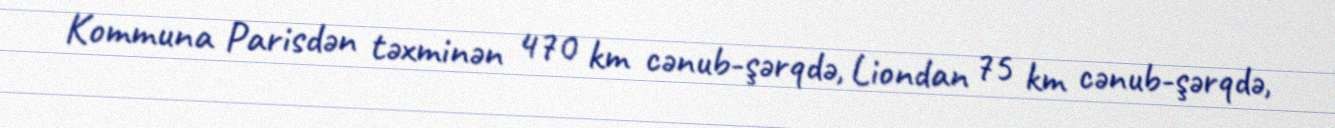
Kommuna Parisdən təxminən 470 km cənub-şərqdə, Liondan 75 km cənub-şərqdə,